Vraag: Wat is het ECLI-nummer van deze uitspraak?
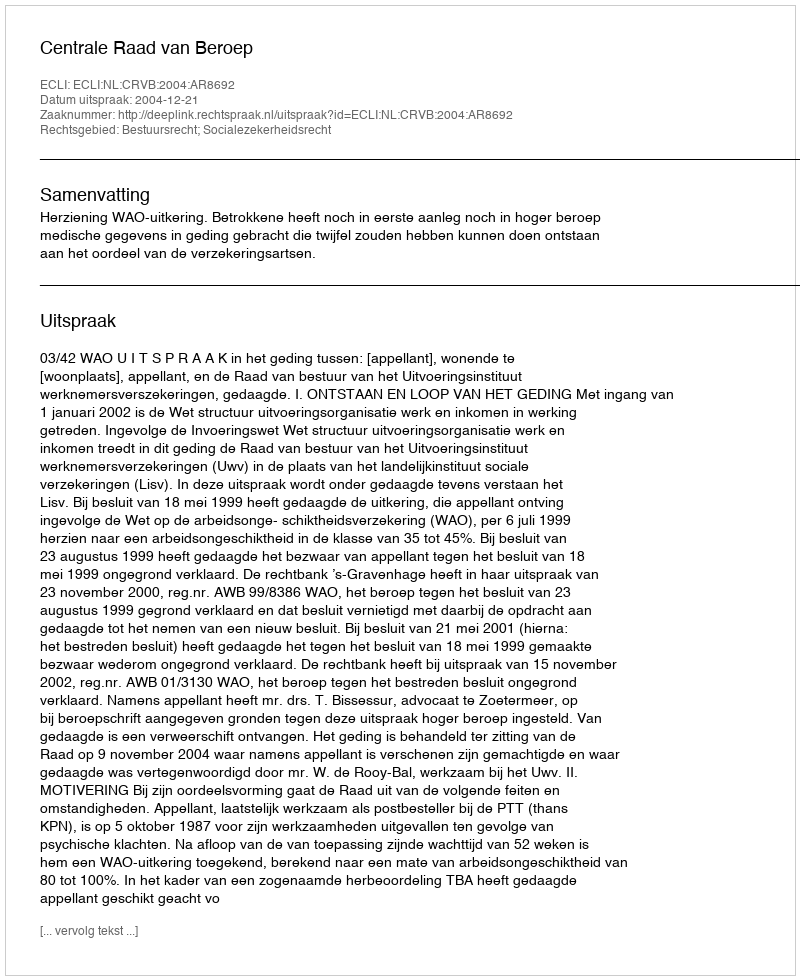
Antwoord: ECLI:NL:CRVB:2004:AR8692